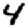
Digit: 4